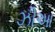
ઝીઆ